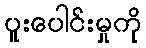
ပူးပေါင်းမှုကို